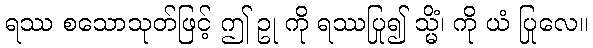
ရဿ စသောသုတ်ဖြင့် ဤ ဥု ကို ရဿပြု၍ သ္မိံ၊ ကို ယံ ပြုလေ။